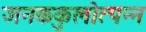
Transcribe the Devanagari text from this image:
जनककुलोत्पन्न